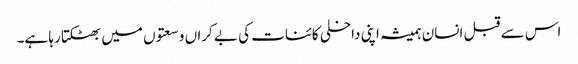
اس سے قبل انسان ہمیشہ اپنی داخلی کائنات کی بے کراں وسعتوں میں بھٹکتا رہا ہے۔